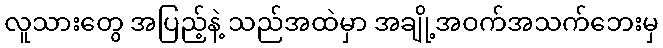
လူသားတွေ အပြည့်နဲ့ သည်အထဲမှာ အချို့အဝက်အသက်ဘေးမှ